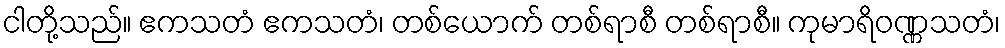
ငါတို့သည်။ ဧကသတံ ဧကသတံ၊ တစ်ယောက် တစ်ရာစီ တစ်ရာစီ။ ကုမာရိဝဏ္ဏသတံ၊